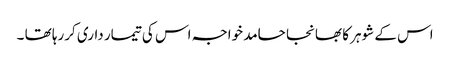
اس کے شوہر کا بھانجا حامد خواجہ اس کی تیمار داری کررہا تھا ۔